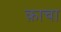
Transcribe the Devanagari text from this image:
क़ाचा